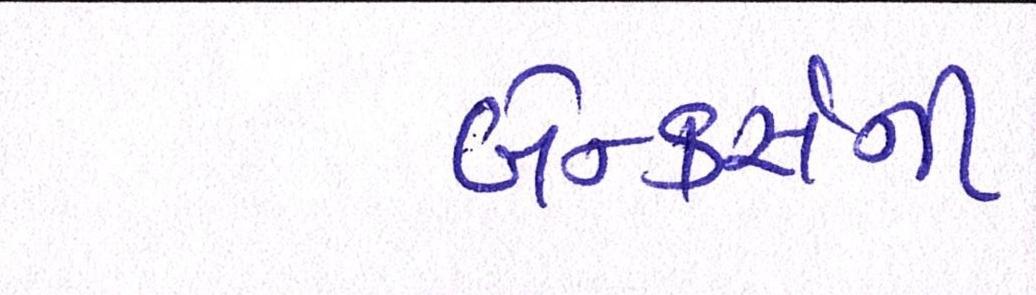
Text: બેન્કર્સની